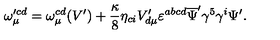
\omega _ { \mu } ^ { \prime c d } = \omega _ { \mu } ^ { c d } ( V ^ { \prime } ) + \frac { \kappa } { 8 } \eta _ { c i } V _ { d \mu } ^ { \prime } \varepsilon ^ { a b c d } \overline { { \Psi } } ^ { \prime } \gamma ^ { 5 } \gamma ^ { i } \Psi ^ { \prime } .